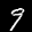
Label: 9